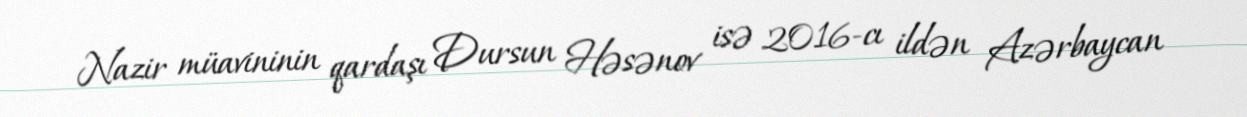
Nazir müavininin qardaşı Dursun Həsənov isə 2016-cı ildən Azərbaycan